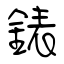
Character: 錶